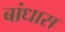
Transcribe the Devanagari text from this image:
बांधास